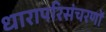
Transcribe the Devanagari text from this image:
धारापरिसंचरणों